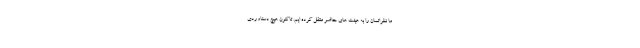
ما نظراتمان را به هیئت های حاضر منتقل کرده ایم. تاکنون هیچ دستاوردی